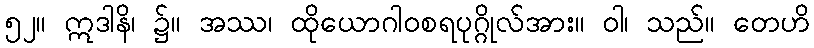
၅၂။ ဣဒါနိ၊ ၌။ အဿ၊ ထိုယောဂါဝစရပုဂ္ဂိုလ်အား။ ဝါ၊ သည်။ တေဟိ